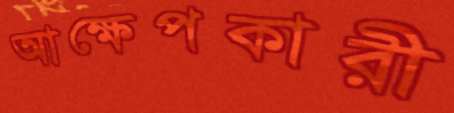
আক্ষেপকারী